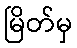
မြိတ်မှ